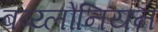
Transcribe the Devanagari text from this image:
बब्य्लोनियन